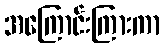
အကြောင်းကြားကာ